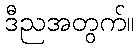
ဒီညအတွက်။